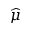
\widehat { \mu }